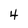
Character: 4